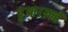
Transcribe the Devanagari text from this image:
हुआ।उन्हें